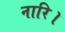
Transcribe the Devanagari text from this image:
नारि।